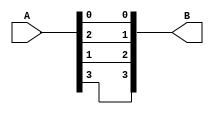
module simple(A, B);

  input [3:0] A;
  output [3:0] B;

  //SCRAMBLE!!!
  assign B = {A[3], A[1], A[2], A[0]};

endmodule